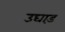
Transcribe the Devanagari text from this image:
उघाड़